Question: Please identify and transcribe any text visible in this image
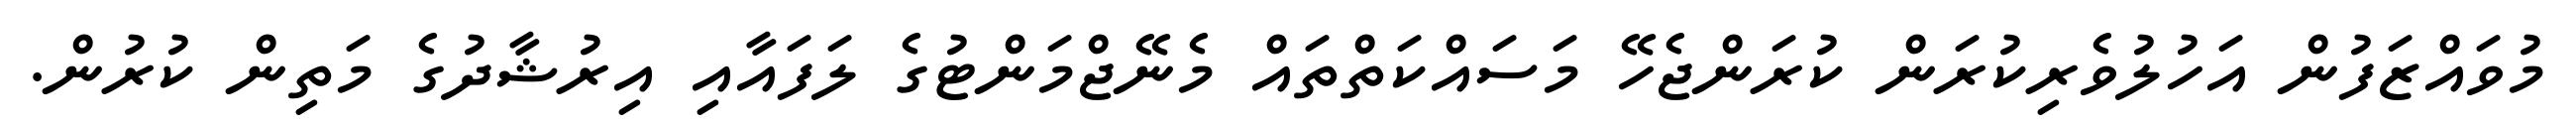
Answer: މުވައްޒަފުން އަހުލުވެރިކުރަން ކުރަންޖެހޭ މަސައްކަތްތައް މެނޭޖްމަންޓުގެ ލަފައާއި އިރުޝާދުގެ މަތިން ކުރުން.